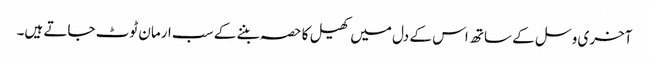
آخری وسل کے ساتھ اس کے دل میں کھیل کا حصہ بننے کے سب ارمان ٹوٹ جاتے ہیں۔